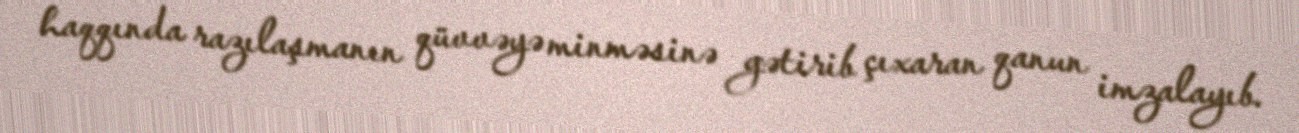
haqqında razılaşmanın qüvvəyə minməsinə gətirib çıxaran qanun imzalayıb.